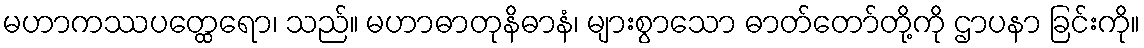
မဟာကဿပတ္ထေရော၊ သည်။ မဟာဓာတုနိဓာနံ၊ များစွာသော ဓာတ်တော်တို့ကို ဌာပနာ ခြင်းကို။